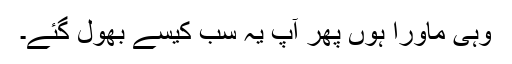
وہی ماورا ہوں پھر آپ یہ سب کیسے بھول گئے۔